Annual administration report of the Civil Veterinary Department of India - 1895-1896
Year: 1895
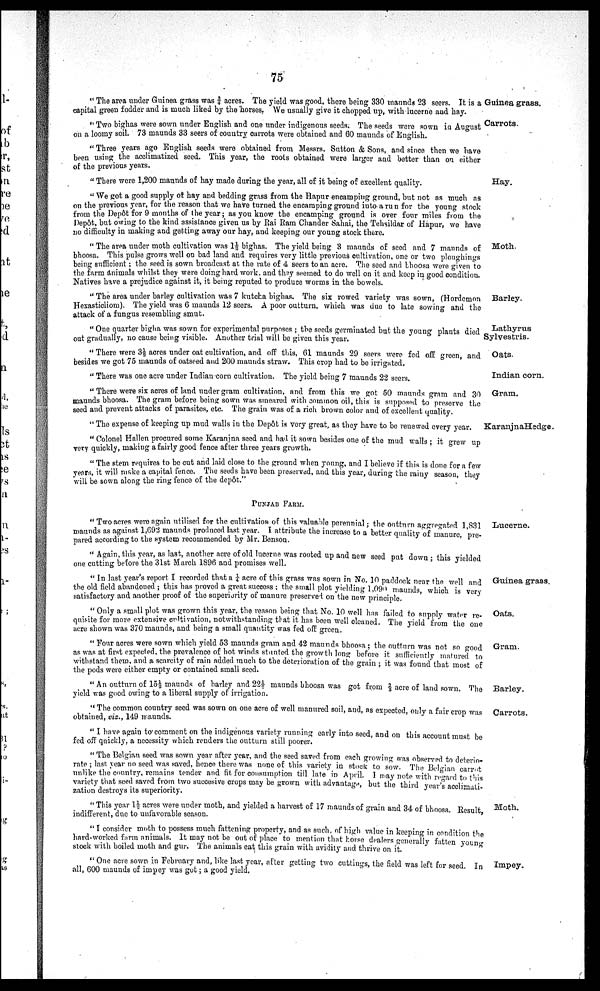
75
Guinea grass.
"The area under Guinea grass was ¾ acres. The yield was good, there being 330 maunds 23 seers. It is a
capital green fodder and is much liked by the horses. We usually give it chopped up, with lucerne and hay.
Carrots.
"Two bighas were sown under English and one under indigenous seeds. The seeds were sown in August
on a loomy soil. 73 maunds 33 seers of country carrots were obtained and 60 maunds of English.
"Three years ago English seeds were obtained from Messrs. Sutton & Sons, and since then we have
been using the acclimatized seed. This year, the roots obtained were larger and better than on either
of the previous years.
Hay.
"There were 1,200 maunds of hay made during the year, all of it being of excellent quality.
"We got a good supply of hay and bedding grass from the Hapur encamping ground, but not as much as
on the previous year, for the reason that we have turned the encamping ground into a run for the young stock
from the Depôt for 9 months of the year; as you know the encamping ground is over four miles from the
Depôt, but owing to the kind assistance given us by Rai Ram Chander Sahai, the Tehsildar of Hapur, we have
no difficulty in making and getting away our hay, and keeping our young stock there.
Moth.
"The area under moth cultivation was 1½ bighas. The yield being 3 maunds of seed and 7 maunds of
bhoosa. This pulse grows well on bad land and requires very little previous cultivation, one or two ploughings
being sufficient; the seed is sown broadcast at the rate of 4 seers to an acre. The seed and bhoosa were given to
the farm animals whilst they were doing hard work, and they seemed to do well on it and keep in good condition.
Natives have a prejudice against it, it being reputed to produce worms in the bowels.
Barley.
"The area under barley cultivation was 7 kutcha bighas. The six rowed variety was sown, (Hordemon
Hexasticliom). The yield was 6 maunds 12 seers. A poor outturn, which was due to late sowing and the
attack of a fungus resembling smut.
Lathyrus
Sylvestris.
"One quarter bigha was sown for experimental purposes; the seeds germinated but the young plants died
out gradually, no cause being visible. Another trial will be given this year.
Oats.
"There were 3½ acres under oat cultivation, and off this, 61 maunds 29 seers were fed off green, and
besides we got 75 maunds of oatseed and 200 maunds straw. This crop had to be irrigated.
Indian corn.
"There was one acre under Indian corn cultivation. The yield being 7 maunds 22 seers.
Gram.
"There were six acres of land under gram cultivation, and from this we got 50 maunds gram and 30
maunds bhoosa. The gram before being sown was smeared with common oil, this is supposed to preserve the
seed and prevent attacks of parasites, etc. The grain was of a rich brown color and of excellent quality.
KaranjnaHedge.
"The expense of keeping up mud walls in the Depôt is very great, as they have to be renewed every year.
"Colonel Hallen procured some Karanjna seed and had it sown besides one of the mud walls; it grew up
very quickly, making a fairly good fence after three years growth.
"The stem requires to be cut and laid close to the ground when young, and I believe if this is done for a few
years, it will make a capital fence. The seeds have been preserved, and this year, during the rainy season, they
will be sown along the ring fence of the Depôt."
PUNJAB FARM.
Lucerne.
"Two acres were again utilised for the cultivation of this valuable perennial; the ontturn aggregated 1,831
maunds as against 1,692 maunds produced last year. I attribute the increase to a better quality of manure, pre-
pared according to the system recommended by Mr. Benson.
"Again, this year, as last, another acre of old lucerne was rooted up and new seed put down; this yielded
one cutting before the 31st March 1896 and promises well.
Guinea grass.
"In last year's report I recorded that a ¼ acre of this grass was sown in No. 10 paddock near the well and
the old field abandoned; this has proved a great success; the small plot yielding l,090 maunds, which is very
satisfactory and another proof of the superiority of manure preserved on the new principle.
Oats.
"Only a small plot was grown this year, the reason being that No. 10 well has failed to supply water re-
quisite for more extensive cultivation, notwithstanding that it has been well cleaned. The yield from the one
acre shown was 370 maunds, and being a small quantity was fed off green.
Gram.
"Four acres were sown which yield 53 maunds gram and 42 maunds bhoosa; the outturn was not so good
as was at first expected, the prevalence of hot winds stunted the growth long before it sufficiently matured to
withstand them, and a scarcity of rain added much to the deterioration of the grain; it was found that most of
the pods were either empty or contained small seed.
Barley.
"An outturn of 15½ maunds of barley and 22½ maunds bhoosa was got from ⅔ acre of land sown. The
yield was good owing to a liberal supply of irrigation.
Carrots.
"The common country seed was sown on one acre of well manured soil, and, as expected, only a fair crop was
obtained, viz., 149 maunds.
"I have again to comment on the indigenous variety running early into seed, and on this account must be
fed off quickly, a necessity which renders the outturn still poorer.
" The Belgian seed was sown year after year, and the seed saved from each growing was observed to deterio
rate; last year no seed was saved, hence there was none of this variety in stock to sow. The Belgian carrot
unlike the country, remains tender and fit for consumption till late in April. I may note with regard to this
variety that seed saved from two successive crops may be grown with advantage, but the third year's acclimati-
zation destroys its superiority.
Moth.
"This year 1½ acres were under moth, and yielded a harvest of 17 maunds of grain and 34 of bhoosa. Result,
indifferent, due to unfavorable season.
"I consider moth to possess much fattening property, and as such, of high value in keeping in condition the
hard-worked farm animals. It may not be out of place to mention that horse dealers generally fatten young
stock with boiled moth and gur. The animals eat this grain with avidity and thrive on it.
Impey.
"One acre sown in February and, like last year, after getting two cuttings, the field was left for seed. In
all, 600 maunds of impey was got ; a good yield.